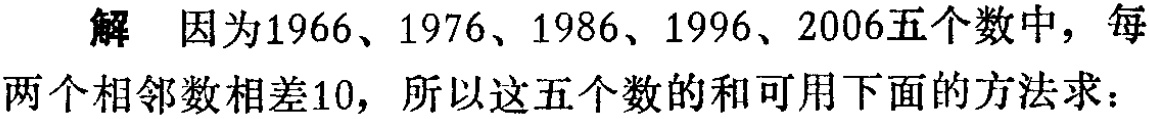
解 因为1966、1976、1986、1996、2006五个数中，每两个相邻数相差10，所以这五个数的和可用下面的方法求：